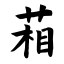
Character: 葙